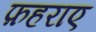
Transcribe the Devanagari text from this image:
फ़हराए